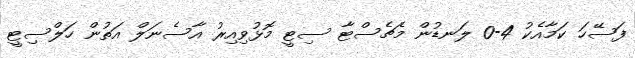
ފަސޭހަ ކަމާއެކު 4-0 ލަނޑުން މެޗެސްޓާ ސިޓީ މޮޅުވިއިރު އާސެނަލް އަތުން ހަލްސިޓީ